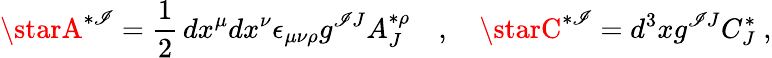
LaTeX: \starA^{*\mathscr{I}}=\frac{1}{2}\, dx^{\mu}dx^{\nu}\epsilon_{\mu\nu\rho}g^{\mathscr{I}J}A_{J}^{*\rho}\quad,\quad\starC^{*\mathscr{I}}=d^{3}xg^{\mathscr{I}J}C_{J}^{*}\ ,